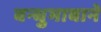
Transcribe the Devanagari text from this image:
बन्धुभावाने